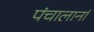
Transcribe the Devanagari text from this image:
पंचालानां